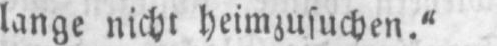
lange nicht heimzusuchen.“